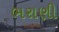
ભરાણી